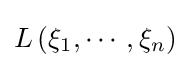
L\left(\xi _{1},\cdots ,\xi _{n}\right)